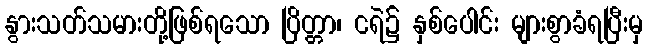
နွားသတ်သမားတို့ဖြစ်ရသော ပြိတ္တာ၊ ငရဲ၌ နှစ်ပေါင်း များစွာခံရပြီးမှ